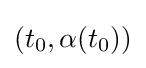
(t_{0},\alpha (t_{0}))